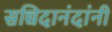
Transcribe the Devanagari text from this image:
सच्चिदानंदांनी